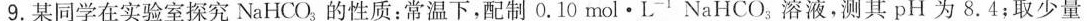
9. 某同学在实验室探究NaHCO_{3}的性质：常温下，配制0.10mol · L_{-1} NaHCO_{3}溶液，测其pH为8.4；取少量